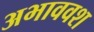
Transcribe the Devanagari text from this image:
अभाववश